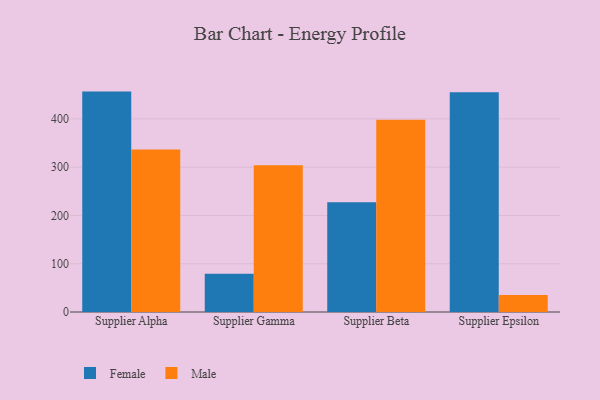
{"axis": {"x": "Supplier", "y": "Waste Production (Tons)"}, "legend": ["Female", "Male"], "data": [{"x": "Supplier Alpha", "y": 456.5, "type": "Female"}, {"x": "Supplier Alpha", "y": 336.8, "type": "Male"}, {"x": "Supplier Gamma", "y": 79.4, "type": "Female"}, {"x": "Supplier Gamma", "y": 304.1, "type": "Male"}, {"x": "Supplier Beta", "y": 227.2, "type": "Female"}, {"x": "Supplier Beta", "y": 398.1, "type": "Male"}, {"x": "Supplier Epsilon", "y": 455.2, "type": "Female"}, {"x": "Supplier Epsilon", "y": 35.0, "type": "Male"}]}